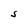
Character: S